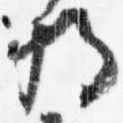
将